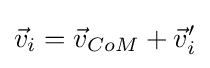
{\vec {v}}_{i}={\vec {v}}_{CoM}+{\vec {v}}'_{i}